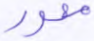
محور